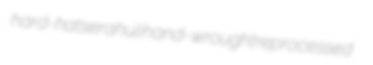
hard-hat serahuli hand-wrought reprocessed